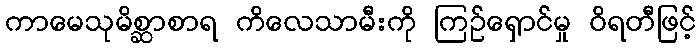
ကာမေသုမိစ္ဆာစာရ ကိလေသာမီးကို ကြဉ်ရှောင်မှု ဝိရတီဖြင့်